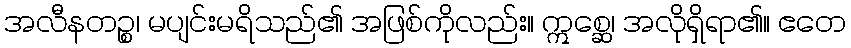
အလီနတဉ္စ၊ မပျင်းမရိသည်၏ အဖြစ်ကိုလည်း။ ဣစ္ဆေ၊ အလိုရှိရာ၏။ ဧတေ